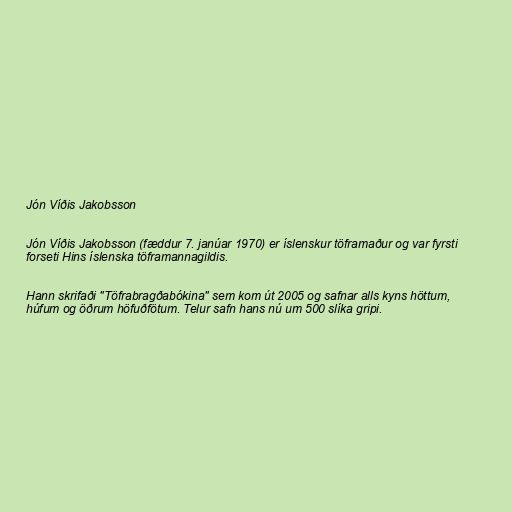
Jón Víðis Jakobsson

Jón Víðis Jakobsson (fæddur 7. janúar 1970) er íslenskur töframaður og var fyrsti
forseti Hins íslenska töframannagildis.

Hann skrifaði "Töfrabragðabókina" sem kom út 2005 og safnar alls kyns höttum,
húfum og öðrum höfuðfötum. Telur safn hans nú um 500 slíka gripi.